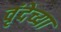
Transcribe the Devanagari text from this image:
वृंदेच्या